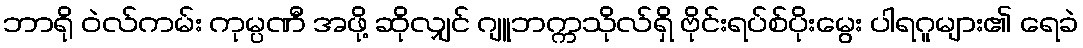
ဘာရို ဝဲလ်ကမ်း ကုမ္ပဏီ အဖို့ ဆိုလျှင် ဂျူဘက္ကသိုလ်ရှိ ဗိုင်းရပ်စ်ပိုးမွေး ပါရဂူများ၏ ရေခဲ